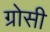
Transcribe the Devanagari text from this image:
ग्रोसी